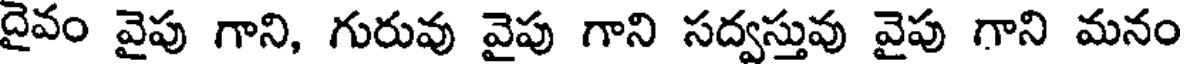
దైవం వైపు గాని, గురువు వైపు గాని సద్వస్తువు వైపు గాని మనం